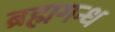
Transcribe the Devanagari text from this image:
ब्रह्मगन्ध